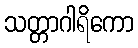
သတ္တာဂါရိကော